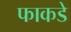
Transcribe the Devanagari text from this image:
फाकडे